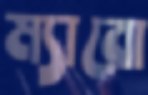
ম্যারো